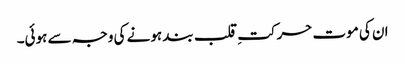
ان کی موت حرکتِ قلب بند ہونے کی وجہ سے ہوئی۔